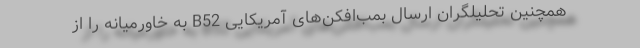
همچنین تحلیلگران ارسال بمب‌افکن‌های آمریکایی B52 به خاورمیانه را از